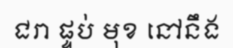
ជរា ផ្ទប់ មុខ នៅនឹង